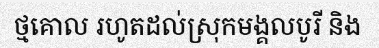
ថ្មគោល រហូតដល់ស្រុកមង្គលបូរី និង